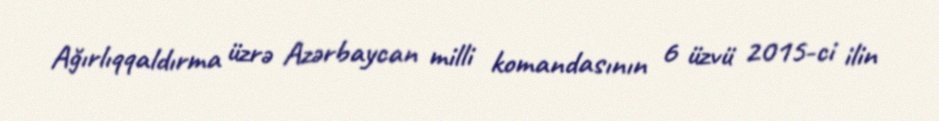
Ağırlıqqaldırma üzrə Azərbaycan milli komandasının 6 üzvü 2015-ci ilin